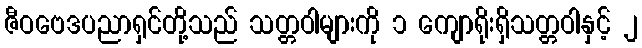
ဇီဝဗေဒပညာရှင်တို့သည် သတ္တဝါများကို ၁ ကျောရိုးရှိသတ္တဝါနှင့် ၂